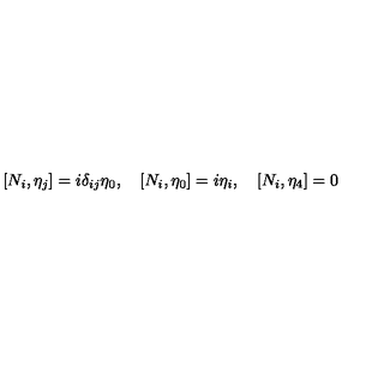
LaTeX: [ N _ { i } , \eta _ { j } ] = i \delta _ { i j } \eta _ { 0 } , \quad [ N _ { i } , \eta _ { 0 } ] = i \eta _ { i } , \quad [ N _ { i } , \eta _ { 4 } ] = 0